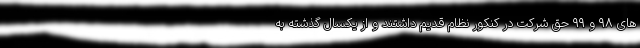
های ۹۸ و ۹۹ حق شرکت در کنکور نظام قدیم داشتند و از یکسال گذشته به